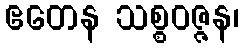
ဧတေန သစ္စဝဇ္ဇန၊